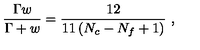
\frac { \Gamma w } { \Gamma + w } = \frac { 1 2 } { 1 1 \left( N _ { c } - N _ { f } + 1 \right) } \ ,